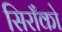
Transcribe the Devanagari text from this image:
सिराँको